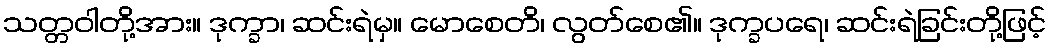
သတ္တဝါတို့အား။ ဒုက္ခာ၊ ဆင်းရဲမှ။ မောစေတိ၊ လွတ်စေ၏။ ဒုက္ခပရေ၊ ဆင်းရဲခြင်းတို့ဖြင့်